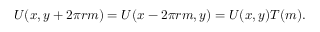
U ( x , y + 2 \pi r m ) = U ( x - 2 \pi r m , y ) = U ( x , y ) T ( m ) .